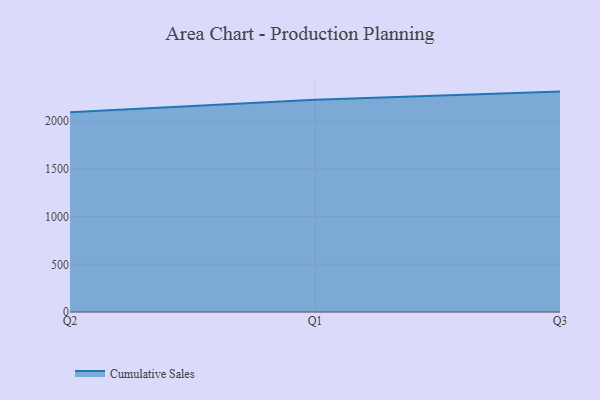
{"axis": {"x": "Quarter", "y": "Energy Usage (MWh)"}, "legend": ["Cumulative Sales"], "data": [{"x": "Q2", "y": 2094.8, "type": "Cumulative Sales"}, {"x": "Q1", "y": 2226.0, "type": "Cumulative Sales"}, {"x": "Q3", "y": 2310.7, "type": "Cumulative Sales"}]}